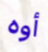
أوه